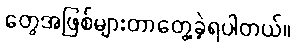
တွေအဖြစ်များတာတွေ့ခဲ့ရပါတယ်။